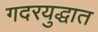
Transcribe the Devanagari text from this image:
गदरयुद्धात